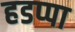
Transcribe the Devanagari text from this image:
हडप्‍पा